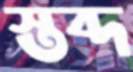
স্তব্দ